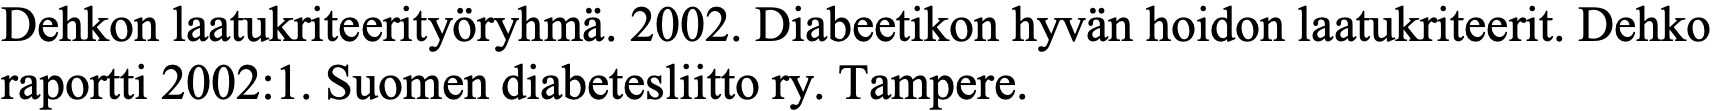
Dehkon laatukriteerityöryhmä. 2002. Diabeetikon hyvän hoidon laatukriteerit. Dehko raportti 2002:1. Suomen diabetesliitto ry. Tampere.